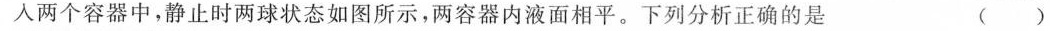
入两个容器中，静止时两球状态如图所示，两容器内液面相平。下列分析正确的是()